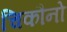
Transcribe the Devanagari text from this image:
चिकौनो